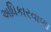
અધિકારવાળા